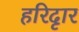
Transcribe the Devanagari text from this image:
हरिदृार